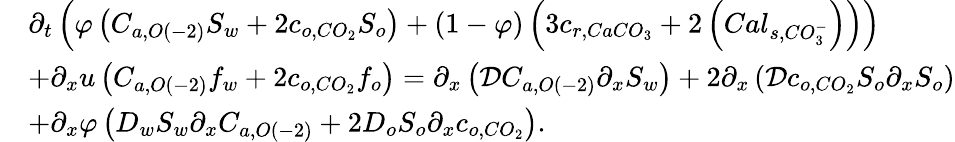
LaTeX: \begin{array}{rl}&{\partial_{t}\left(\varphi\left(C_{a,O\left(-2\right)}S_{w}+2c_{o,CO_{2}}S_{o}\right)+\left(1-\varphi\right)\left(3c_{r,CaCO_{3}}+2\left(Cal_{s,CO_{3}^{-}}\right)\right)\right)}\\ &{+\partial_{x}u\left(C_{a,O\left(-2\right)}f_{w}+2c_{o,CO_{2}}f_{o}\right)=\partial_{x}\left(\mathcal{D}C_{a,O\left(-2\right)}\partial_{x}S_{w}\right)+2\partial_{x}\left(\mathcal{D}c_{o,CO_{2}}S_{o}\partial_{x}S_{o}\right)}\\ &{+\partial_{x}\varphi\left(D_{w}S_{w}\partial_{x}C_{a,O\left(-2\right)}+2D_{o}S_{o}\partial_{x}c_{o,CO_{2}}\right).}\end{array}